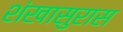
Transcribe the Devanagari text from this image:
शंखासुरास